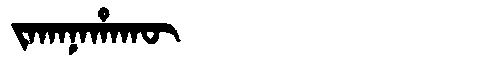
Manchu: ᠵᠠᡴᠠᠨᠠᡥᠠᡴᡡ
Romanization: JAKANAHAKŪ